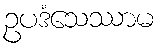
ဥပဒံသေဿာမ